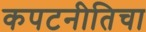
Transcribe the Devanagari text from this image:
कपटनीतिचा